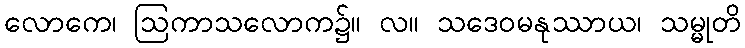
လောကေ၊ ဩကာသလောက၌။ လ။ သဒေဝမနုဿာယ၊ သမ္မုတိ